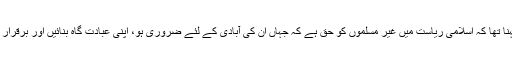
اُن کا کہنا تھا کہ اسلامی ریاست میں غیر مسلموں کو حق ہے کہ جہاں ان کی آبادی کے لئے ضروری ہو، اپنی عبادت گاہ بنائیں اور برقرار رکھیں۔